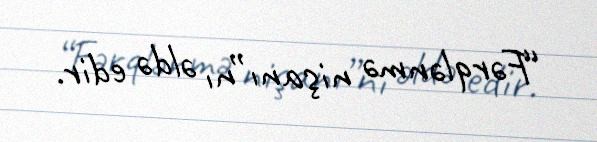
“Fərqlənmə nişanı”nı əldə edir.